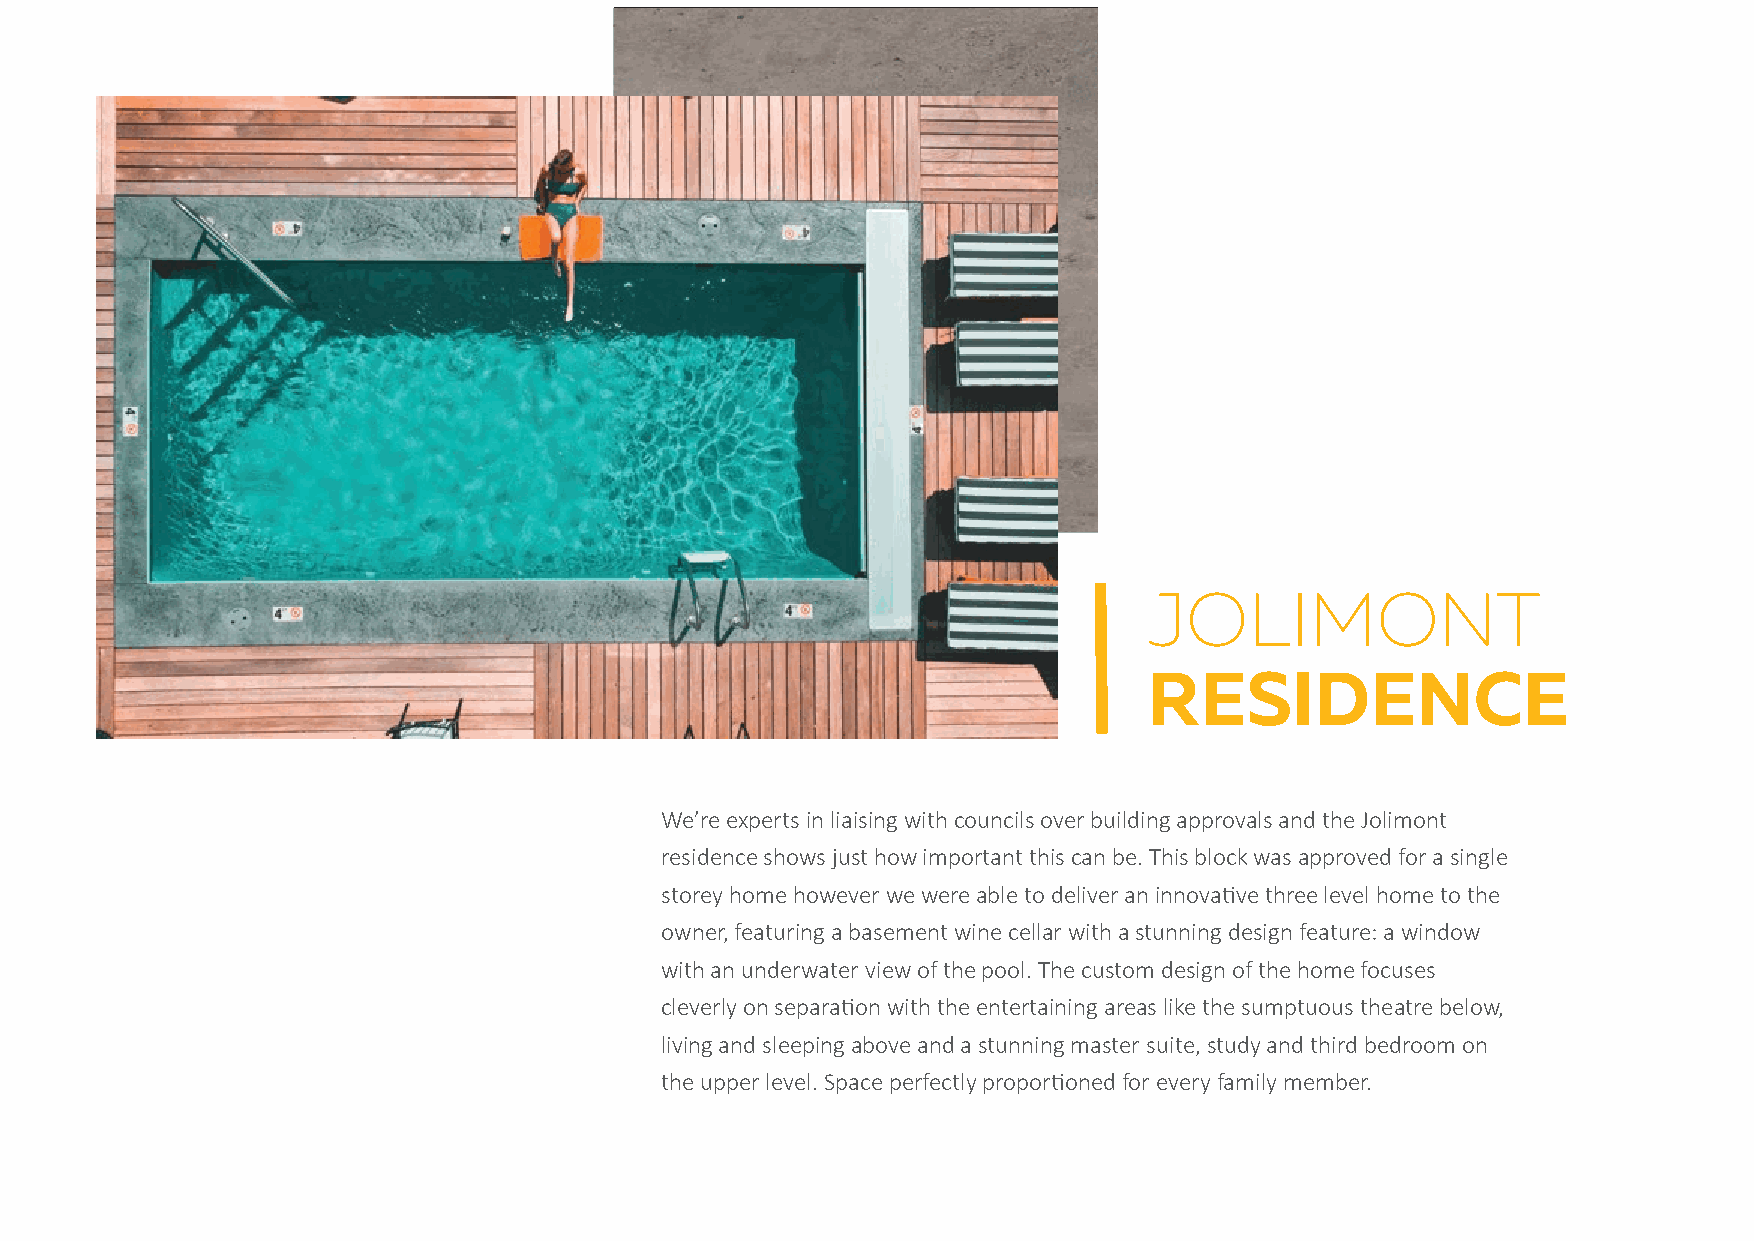
JOLIMONT
 RESIDENCE
 We’re experts in liaising with councils over building approvals and the Jolimont
 residence shows just how important this can be. This block was approved for a single
 storey home however we were able to deliver an innova�ve three level home to the
 owner, featuring a basement wine cellar with a stunning design feature: a window
 with an underwater view of the pool. The custom design of the home focuses
 cleverly on separa�on with the entertaining areas like the sumptuous theatre below,
 living and sleeping above and a stunning master suite, study and third bedroom on
 the upper level. Space perfectly propor�oned for every family member.